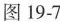
图19-7